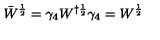
\bar { W } ^ { \frac { 1 } { 2 } } = \gamma _ { 4 } W ^ { \dag \frac { 1 } { 2 } } \gamma _ { 4 } = W ^ { \frac { 1 } { 2 } }